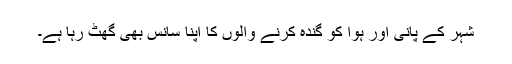
شہر کے پانی اور ہوا کو گندہ کرنے والوں کا اپنا سانس بھی گھٹ رہا ہے۔